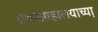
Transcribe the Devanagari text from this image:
ग्रंथसंग्रहालयाच्या़